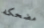
مضحكه